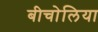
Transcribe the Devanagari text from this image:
बीचोलिया